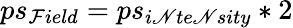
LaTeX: ps_{\mathcal{F}ield}=ps_{i\mathscr{N}te\mathscr{N}sity}*2